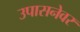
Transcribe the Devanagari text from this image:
उपासनेवर